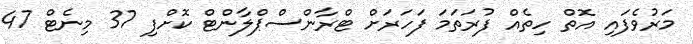
މަރުވެފައި އޮތް ހިތެއް ފުރަތަމަ ފަހަރަށް ޓްރާންސްޕްލާންޓް ކޮށްފި 37 މިނެޓް 47